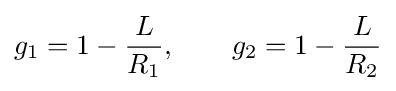
g_{1}=1-{\frac {L}{R_{1}}},\qquad g_{2}=1-{\frac {L}{R_{2}}}